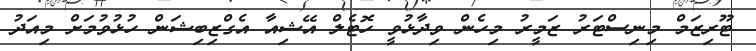
ޓޫރިޒަމް މިނިސްޓަރު ޒަމީރު މިހެން ވިދާޅުވީ ހޮޓެލް އޭޝިއާ އެގްޒިބިޝަން ހުޅުވުމަށް މިއަދު